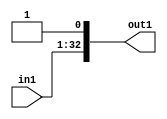
`timescale 1ps / 1ps
/*****************************************************************************
    Verilog RTL Description
    
    
    Created by: CellMath Designer 2019.1.01 
*******************************************************************************/

module DFT_compute_entirecomputation_alt9_4 (
	in1,
	out1
	); /* architecture "behavioural" */ 
input [31:0] in1;
output [32:0] out1;
wire [32:0] asc010;

assign asc010 = {in1,1'B1};

assign out1 = asc010;
endmodule

/* CADENCE  urjxTgw= : u9/ySgnWtBlWxVPRXgAZ4Og= ** DO NOT EDIT THIS LINE ******/